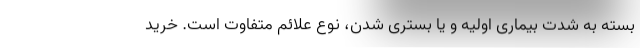
بسته به شدت بیماری اولیه و یا بستری شدن، نوع علائم متفاوت است. خرید